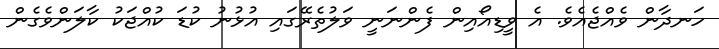
ހަނދާން ވެއްޖެއެވެ. އެ ވީޑިއޯއިން ފެންނަނީ ވަލުތެރޭގައި އުޅުނު ކުޑަ ކުއްޖަކު ކާލަންވެގެން